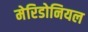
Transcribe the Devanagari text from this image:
मेरिडोनियल